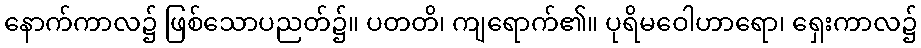
နောက်ကာလ၌ ဖြစ်သောပညတ်၌။ ပတတိ၊ ကျရောက်၏။ ပုရိမဝေါဟာရော၊ ရှေးကာလ၌